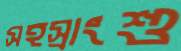
সহস্রাংশু